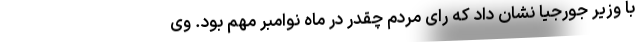
با وزیر جورجیا نشان داد که رای مردم چقدر در ماه نوامبر مهم بود. وی